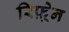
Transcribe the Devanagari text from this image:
रिफ़्रेन